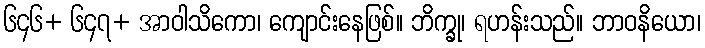
၆၄၆+ ၆၄၇+ အာဝါသိကော၊ ကျောင်းနေဖြစ်။ ဘိက္ခု၊ ရဟန်းသည်။ ဘာဝနိယော၊